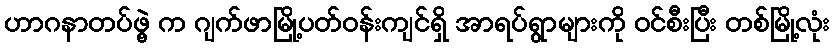
ဟာဂနာတပ်ဖွဲ့ က ဂျက်ဖာမြို့ပတ်ဝန်းကျင်ရှိ အာရပ်ရွာများကို ဝင်စီးပြီး တစ်မြို့လုံး